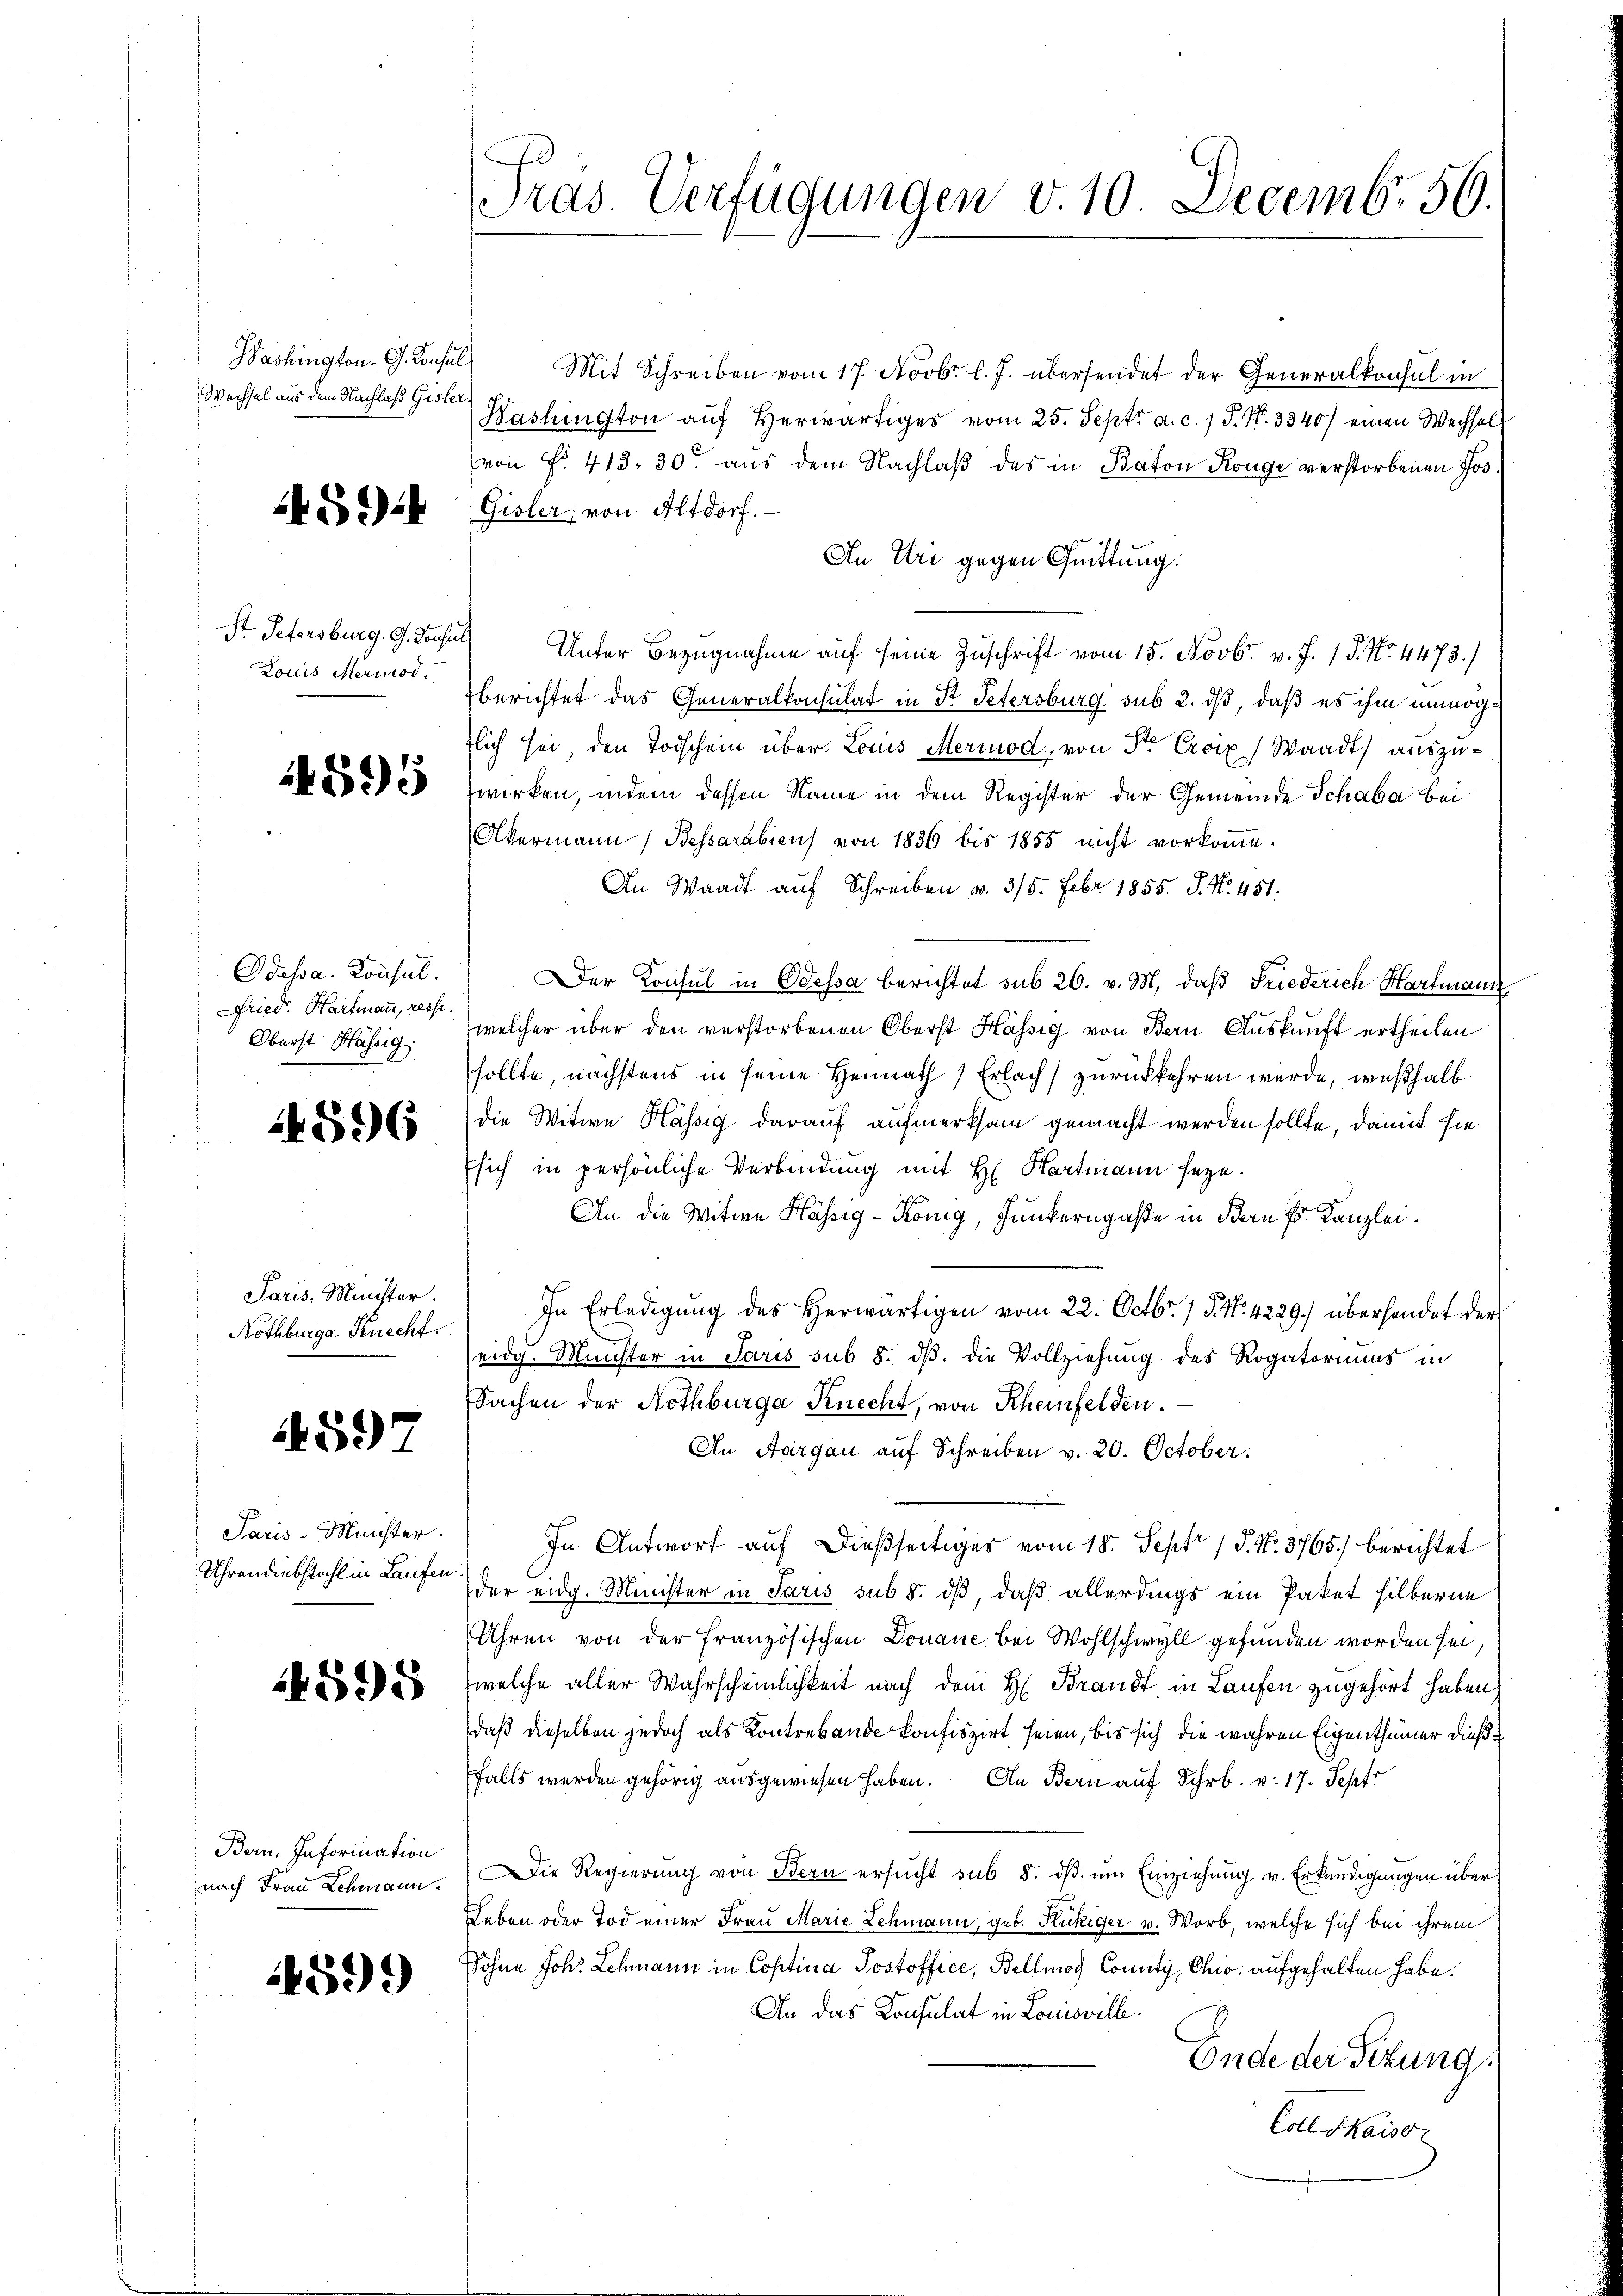
Washington. G. Konsul
Wechsel aus dem Nachlaß Gisler

594

Louis Meriod.

4595

Odessa. Konsul.
Fried. Hartmann, resst.
Oberst Hässig.

14596

Paris, Minister.
Nothburg Knecht.

597

Paris-Minister.
Uhrendiebstahl in Laufen

4595

Bern. Infornation
nach Frau Schmann.

599

Pras. Verfügungen v. 10. Decembr. 56.

Mit Schreiben vom 17. Novbr. l. J. übersendet der Generalkonsul in
Washington auf Herwärtiges vom 25. Sept. a. c. 1 P. Nr. 3340) einen Wechsel
(von Fr. 415. 30. aus dem Nachlaß des in Baton Konge verstorbenen Jos¬
(Gisler, von Altdorf.
An Uri gegen Quittung.
St Petersburg. G. Konsul Unter Bezugnahme auf seine Zuschrift vom 15. Novbr. v. J. 18. No. 4473.)
berichtet das Generalkonsulat in St. Petersburg sub 2. ds, daß es ihm unmögtlich sei den Todschein über Louis Meriode von Sr Excix) Waadt) auszuwirken, indem dessen Name in dem Register der Gemeinde Schaba bei
Akermann Bessarabien von 1836 bis 1855 nicht vorkoṁe.
An Waadt auf Schreiben v. 315. Febr 1855. J. N. 451.
Der Konsul in Odessa berichtet sub 26. v. M. daß Friederich Hartmann
welcher über den verstorbenen Oberst Hässig von Bern Auskunft ertheilen
sollte, nächstens in seine Heimath Erlach zurückkehren werde, weßhalb
die Witwe Hassig darauf aufmerksam gemacht werden sollte, damit sie
sich in persönliche Verbindung mit H. Hartmann seye.
An die Witwe Hässig-König, Junkerngaße in Bern Fr. Kanzlei.
In Erledigung des herwärtigen vom 22. Octbr. 1 S. Nr. 4229.) überhandet der
eidg. Münster in Paris sub 8. dβ. die Vollziehung des Rogatoriums in
Sachen der Nothburga Knecht, von Rheinfelden.
An Aargau auf Schreiben v. 20. October.
In Antworf auf dießseitiges vom 18. Sept. 15. No. 3765) berichtet
der eidg. Minister in Paris sub 8. dβ, daß allerdings ein Paket silberne
Uhren von der französischen Donaue bei Wohlschwyll gefunden worden sei,
welche aller Wahrscheinlichkeit nach dem H. Brandt in Laufen zugehört haben.
daß dieselben jedoch als Kontrebande konfiszirt seien, bis sich die wahren Eigenthümer dießfalls werden gehörig ausgewiesen haben. An Bern auf Schr. v. 17. Sept
Die Regierung von Bern ersucht sub 8. dβ um Einziehung v. Erkundigungen über
Leben oder Tod einer Frau Marie Lehmann, geb. Kukiger v. Worb, welche sich bei ihrem
Sohne Joh. Lehmann in Coptina Postoffice, Bellmach County, Chio, aufgehalten habe.
An das Konsulat in Louisville.
Ende der Sitzung
Eree Maiso